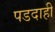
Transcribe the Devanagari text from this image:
पडदाही